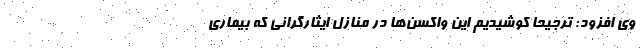
وی افزود: ترجیحا کوشیدیم این واکسن‌ها در منازل ایثارگرانی که بیماری